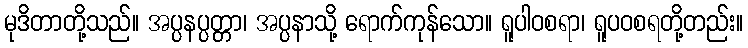
မုဒိတာတို့သည်။ အပ္ပနပ္ပတ္တာ၊ အပ္ပနာသို့ ရောက်ကုန်သော။ ရူပါဝစရာ၊ ရူပဝစရတို့တည်း။